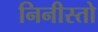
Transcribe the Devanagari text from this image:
निनीस्तो